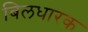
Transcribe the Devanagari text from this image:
बिलधारक